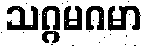
သဂ္ဂမဂမာ